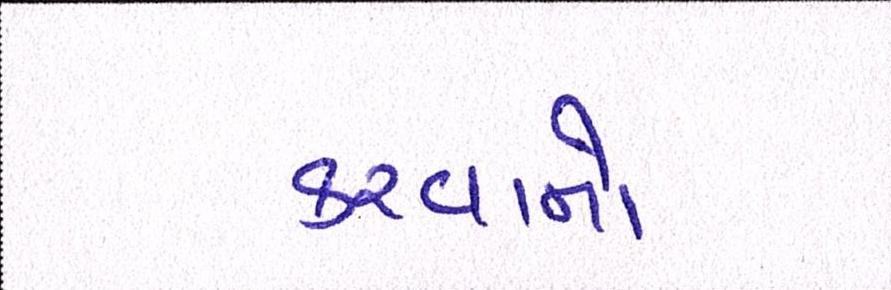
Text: કરવાનો